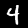
Label: 4